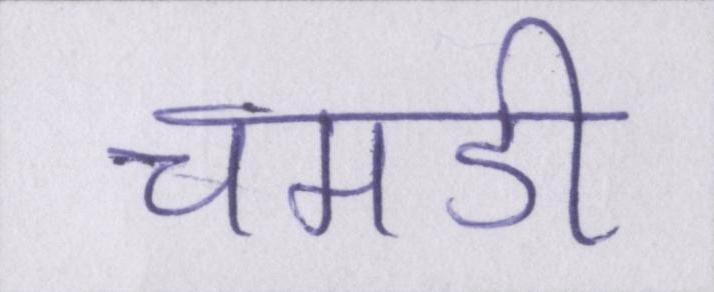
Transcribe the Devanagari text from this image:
चमडी